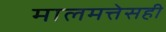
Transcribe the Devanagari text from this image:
मालमत्तेसही